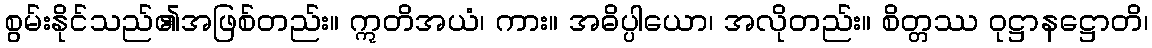
စွမ်းနိုင်သည်၏အဖြစ်တည်း။ ဣတိအယံ၊ ကား။ အဓိပ္ပါယော၊ အလိုတည်း။ စိတ္တဿ ဝုဋ္ဌာနဋ္ဌောတိ၊